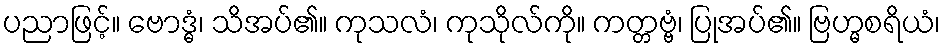
ပညာဖြင့်။ ဗောဒ္ဓံ၊ သိအပ်၏။ ကုသလံ၊ ကုသိုလ်ကို။ ကတ္တဗ္ဗံ၊ ပြုအပ်၏။ ဗြဟ္မစရိယံ၊